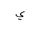
Letter: _ya